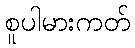
စူပါမားကတ်